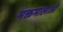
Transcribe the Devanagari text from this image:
भक्तमालाओं